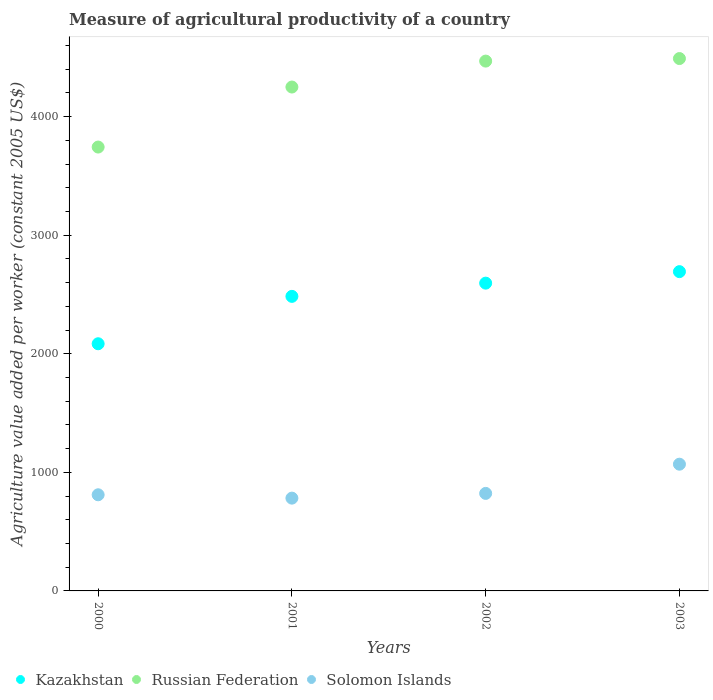
| Years | Kazakhstan | Russian Federation | Solomon Islands |
 | --- | --- | --- | --- |
 | 2000 | 2.08e+03 | 3.74e+03 | 811 |
 | 2001 | 2.48e+03 | 4.25e+03 | 782 |
 | 2002 | 2.6e+03 | 4.47e+03 | 822 |
 | 2003 | 2.69e+03 | 4.49e+03 | 1.07e+03 |